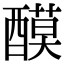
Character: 𨢢